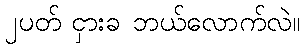
၂ပတ် ငှားခ ဘယ်လောက်လဲ။